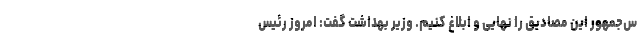
س‌جمهور این مصادیق را نهایی و ابلاغ کنیم. وزیر بهداشت گفت: امروز رئیس